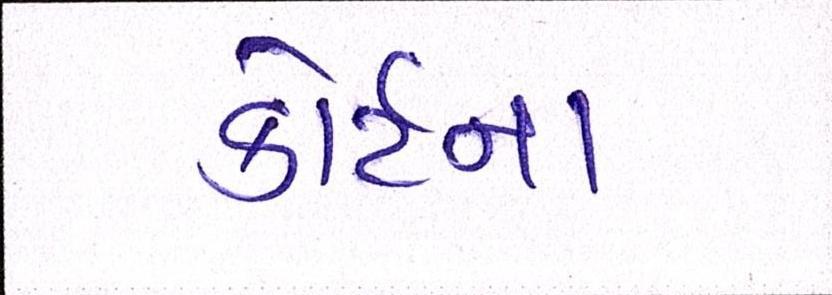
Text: કોર્ટના